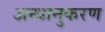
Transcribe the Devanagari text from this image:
अन्धानुकरण